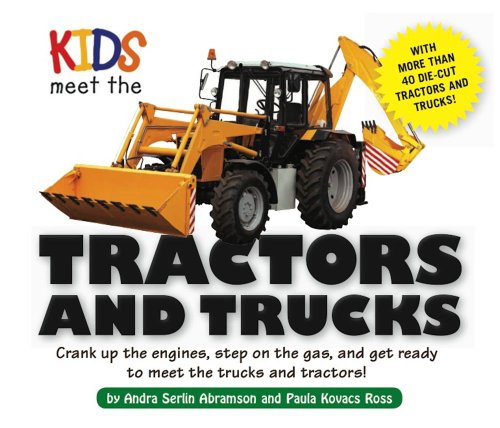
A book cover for Kids Meet the Tractors and Trucks: An exciting mechanical and educational experience awaits you when you meet tractors and trucks; Andra Serlin Abramson; Children's Books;